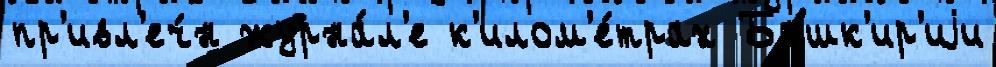
пр'ивл'еч́н журна́л'е к'илом'е́трах Башк'ир'иjи